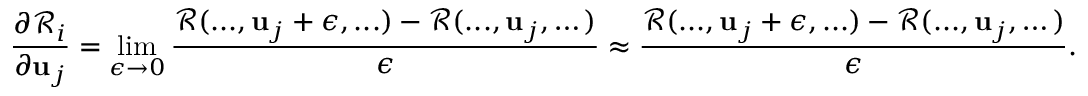
\displaystyle \frac { \partial \mathcal { R } _ { i } } { \partial \mathbf { u } _ { j } } = \operatorname* { l i m } _ { \epsilon \to 0 } \frac { \mathcal { R } ( . . . , \mathbf { u } _ { j } + \epsilon , . . . ) - \mathcal { R } ( . . . , \mathbf { u } _ { j } , \dots ) } { \epsilon } \approx \frac { \mathcal { R } ( . . . , \mathbf { u } _ { j } + \epsilon , . . . ) - \mathcal { R } ( . . . , \mathbf { u } _ { j } , \dots ) } { \epsilon } .